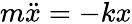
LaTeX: m{\ddot{x}}=-kx